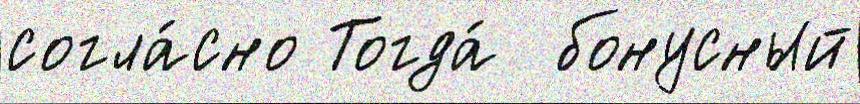
согла́сно Тогда́  бонусный